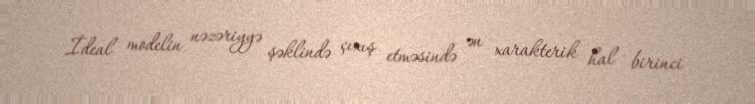
İdeal modelin nəzəriyyə şəklində çıxış etməsində ən xarakterik hal birinci